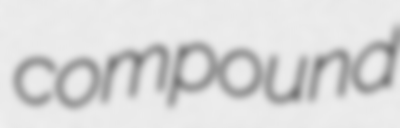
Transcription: compound